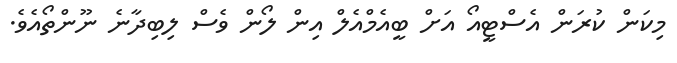
މިކަން ކުރަން އެސްޓީއޯ އަށް ބީއެމްއެލް އިން ލޯން ވެސް ލިބިދާނެ ނޫންތޯއެވެ.